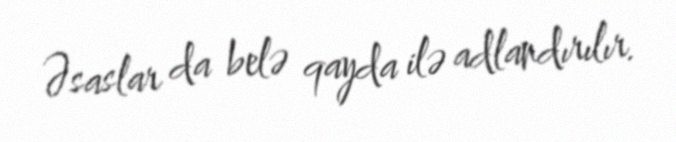
Əsaslar da belə qayda ilə adlandırılır.